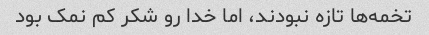
تخمه‌ها تازه نبودند، اما خدا رو شکر کم نمک بود